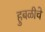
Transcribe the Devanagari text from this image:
हुबळीचे